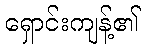
ရှောင်းကျန့်၏